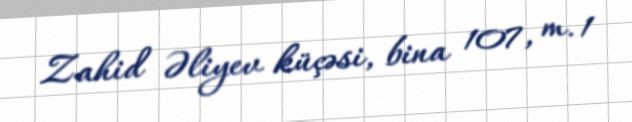
Zahid Əliyev küçəsi, bina 107, m. 1